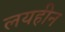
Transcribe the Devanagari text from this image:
लयहीन